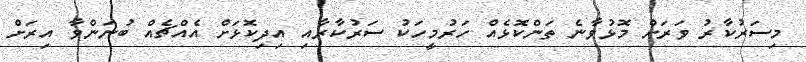
މިސަރުކާރު ވަރަށް މޮޅުވާނެ ތަންކޮޅެއް ހަރުމީހަކު ސަރުކާރާއި އިދިކޮޅަށް އެއްޗެއް ބުނަންވާ އިރަށް